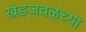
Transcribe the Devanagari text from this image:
खेडजवळच्या